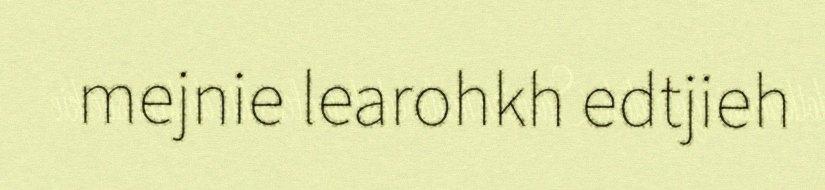
mejnie learohkh edtjieh